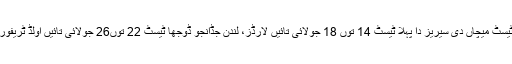
پاکستان اتے انگلینڈ وچال چار ٹیسٹ میچاں دی سیریز دا پہلا ٹیسٹ 14 توں 18 جولائی تائیں لارڈز، لندن جڈانجو ڈوجھا ٹیسٹ 22 توں26 جولائی تائیں اولڈ ٹریفورڈ، مانچیسٹر، وچ کھیڈیا ویسی۔